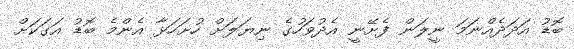
ބޮޑު އަދަދެއްނަމަ ނީލަން ފެށޭނީ އެދުވަހުގެ ނިޔަލަށް ހުށަހަޅާ އެންމެ ބޮޑު އަގަކަށް